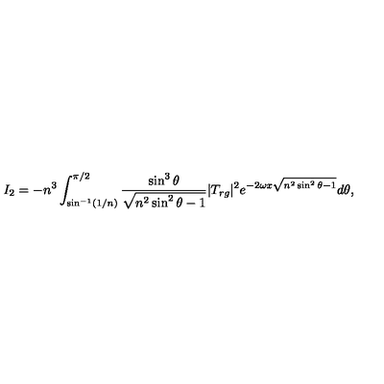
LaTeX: I _ { 2 } = - n ^ { 3 } \int _ { \sin ^ { - 1 } ( 1 / n ) } ^ { \pi / 2 } { \frac { \sin ^ { 3 } \theta } { \sqrt { n ^ { 2 } \sin ^ { 2 } \theta - 1 } } } | T _ { r g } | ^ { 2 } e ^ { - 2 \omega x \sqrt { n ^ { 2 } \sin ^ { 2 } \theta - 1 } } d \theta ,